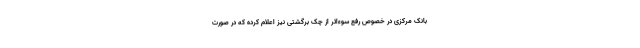
بانک مرکزی در خصوص رفع سوءاثر از چک برگشتی نیز اعلام کرده که در صورت